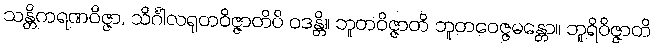
သန္တိကရဏဝိဇ္ဇာ, သိင်္ဂါလရုတဝိဇ္ဇာတိပိ ဝဒန္တိ။ ဘူတဝိဇ္ဇာတိ ဘူတဝေဇ္ဇမန္တော။ ဘူရိဝိဇ္ဇာတိ